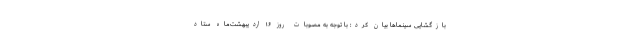
بازگشایی سینماها بیان کرد: با توجه به مصوبات روز ۱۶ اردیبهشت‌ماه ستاد